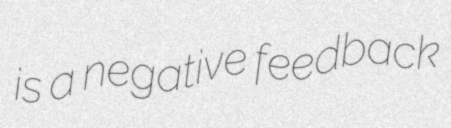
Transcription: is a negative feedback